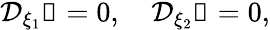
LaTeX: \mathcal{D}_{\xi_{1}}\mathbb{1}=0,\quad\mathcal{D}_{\xi_{2}}\mathbb{1}=0,